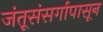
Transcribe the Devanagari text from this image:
जंतूसंसर्गापासून